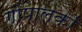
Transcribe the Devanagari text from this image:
गोपालकों